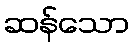
ဆန်သော